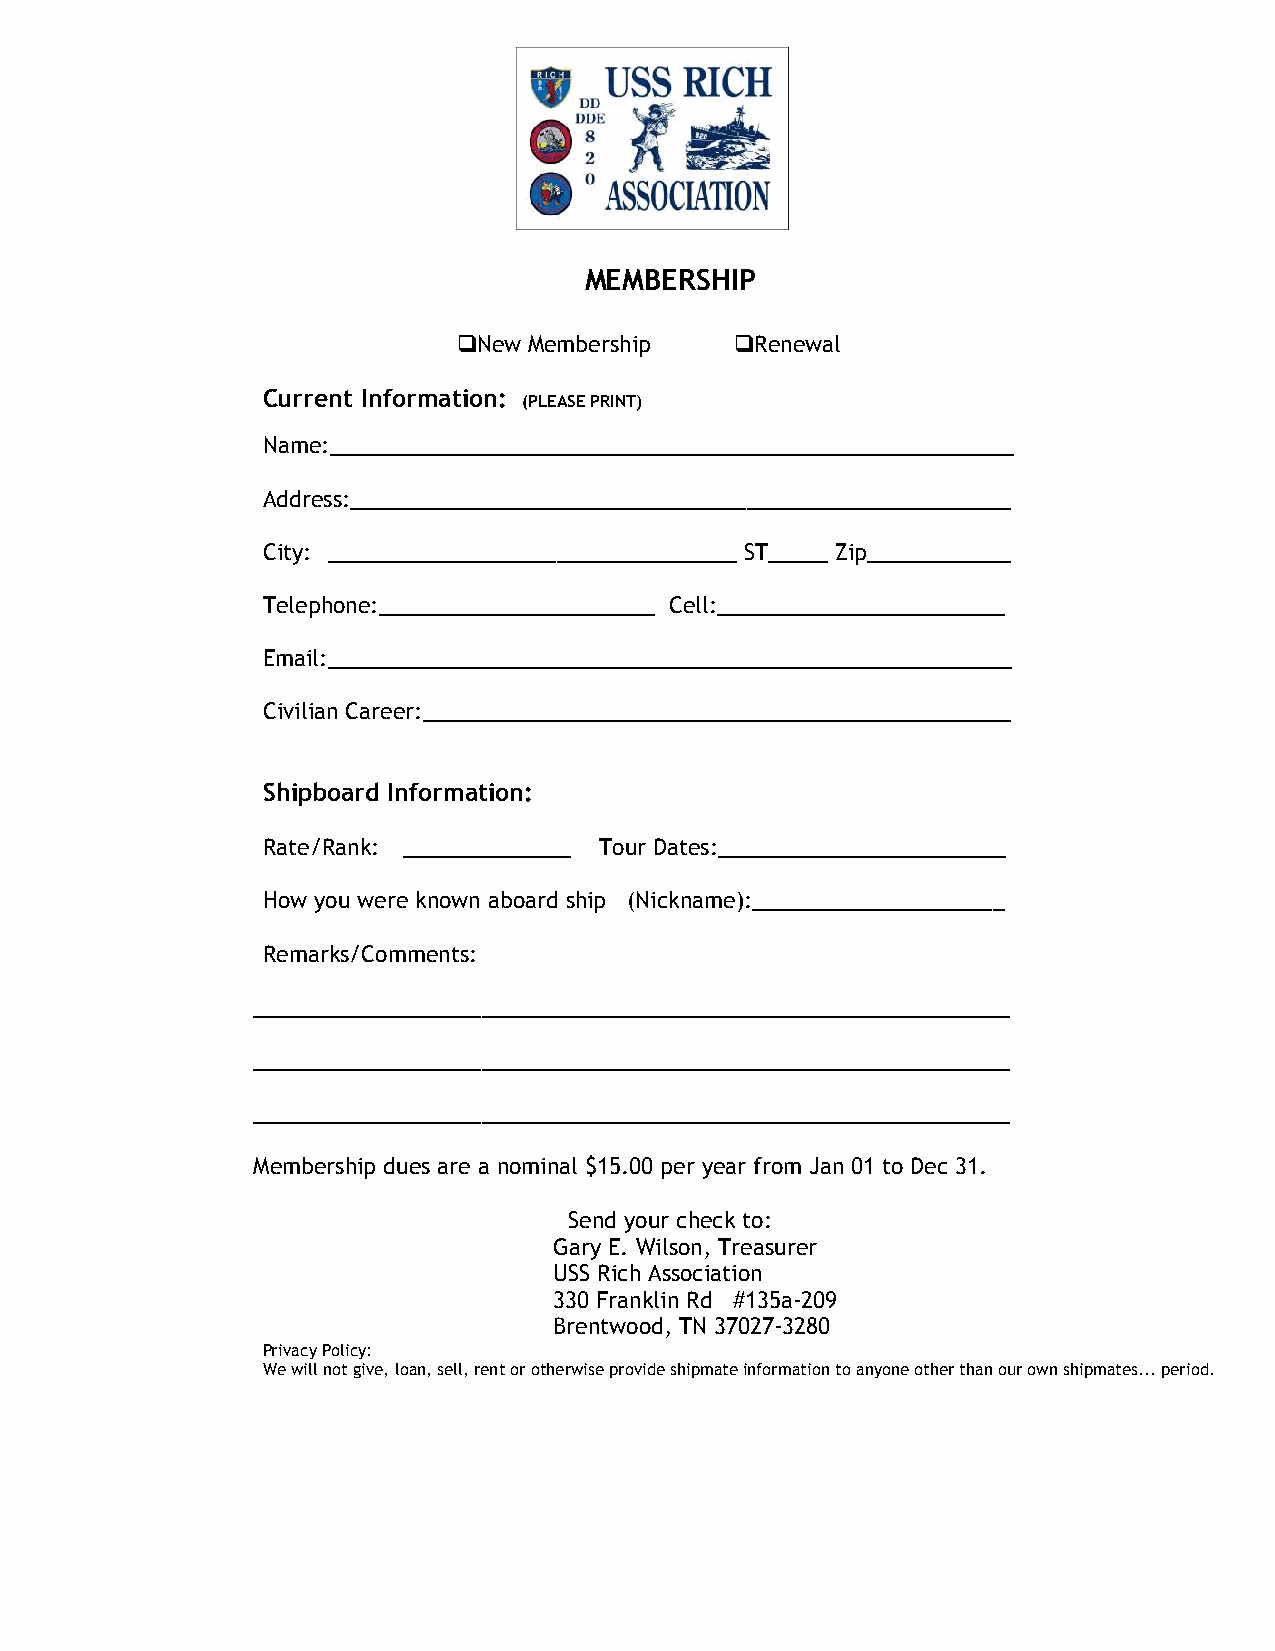
MEMBERSHIP
 New Membership    Renewal
 Current Information:
 (PLEASEPRINT)
 Name:_________________________________________________________
 Address:_______________________________________________________
 City: __________________________________ ST_____ Zip____________
 Telephone:_______________________ Cell:________________________
 Email:_________________________________________________________
 Civilian Career:_________________________________________________
 Shipboard Information:
 Rate/Rank: ______________ Tour Dates:________________________
 How you were known aboard ship (Nickname):_____________________
 Remarks/Comments:
 _______________________________________________________________
 _______________________________________________________________
 _______________________________________________________________
 Membership dues are a nominal $15.00 per year from Jan 01 to Dec 31.
 Send your check to:
 Gary E. Wilson, Treasurer
 USS Rich Association
 330 Franklin Rd #135a-209
 Brentwood, TN 37027-3280
 PrivacyPolicy:
 Wewillnotgive,loan,sell,rentorotherwiseprovideshipmateinformationtoanyoneotherthanourownshipmates...period.